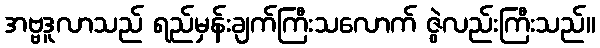
အဗ္ဗဒူလာသည် ရည်မှန်းချက်ကြီးသလောက် ဇွဲလည်းကြီးသည်။